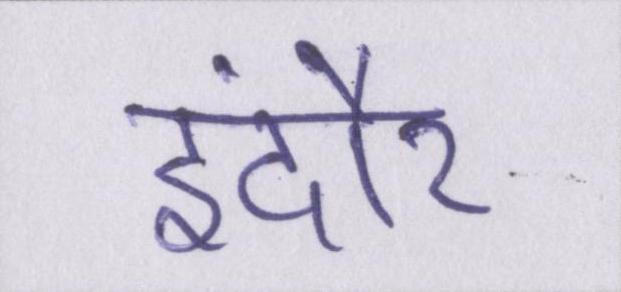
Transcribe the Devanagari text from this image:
इंदौर